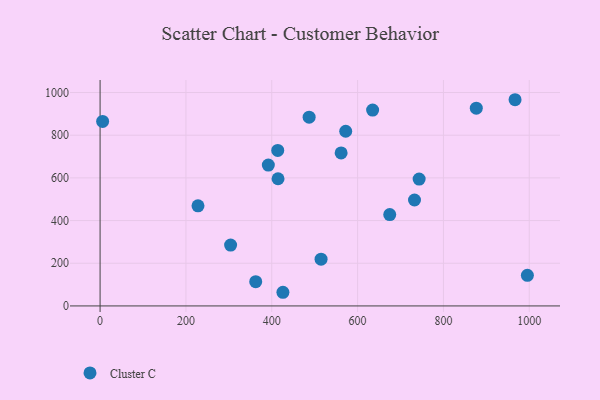
{"axis": {"x": "Distance", "y": "Salary"}, "legend": ["Cluster C"], "data": [{"x": "674.9", "y": 428.1, "type": "Cluster C"}, {"x": "487.1", "y": 884.3, "type": "Cluster C"}, {"x": "413.9", "y": 728.7, "type": "Cluster C"}, {"x": "572.3", "y": 818.5, "type": "Cluster C"}, {"x": "732.6", "y": 496.5, "type": "Cluster C"}, {"x": "876.6", "y": 926.9, "type": "Cluster C"}, {"x": "304.1", "y": 285.4, "type": "Cluster C"}, {"x": "635.0", "y": 917.7, "type": "Cluster C"}, {"x": "426.0", "y": 64.0, "type": "Cluster C"}, {"x": "392.0", "y": 660.3, "type": "Cluster C"}, {"x": "995.6", "y": 143.5, "type": "Cluster C"}, {"x": "5.9", "y": 864.8, "type": "Cluster C"}, {"x": "561.6", "y": 716.9, "type": "Cluster C"}, {"x": "514.9", "y": 219.0, "type": "Cluster C"}, {"x": "414.6", "y": 596.0, "type": "Cluster C"}, {"x": "743.4", "y": 594.5, "type": "Cluster C"}, {"x": "228.1", "y": 469.1, "type": "Cluster C"}, {"x": "966.9", "y": 966.3, "type": "Cluster C"}, {"x": "362.6", "y": 113.6, "type": "Cluster C"}]}